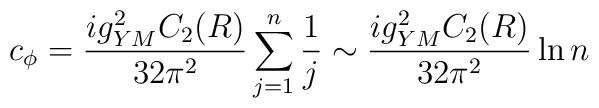
c_\phi = {i g_{YM}^2 C_2(R) \over 32\pi^2} \sum_{j=1}^n {1 \over j}     \sim {i g_{YM}^2 C_2(R) \over 32\pi^2} \ln n